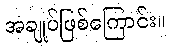
အချုပ်ဖြစ်ကြောင်း။